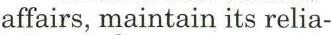
affairs, maintain its relia-